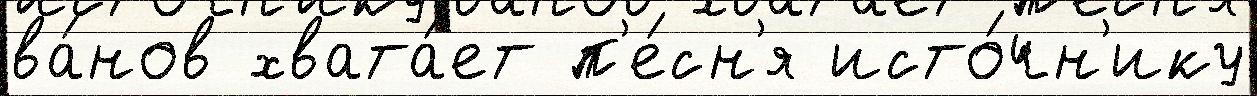
ва́нов хвата́ет п'е́сн'я исто́чн'ику